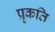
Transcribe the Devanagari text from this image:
प्रृकति